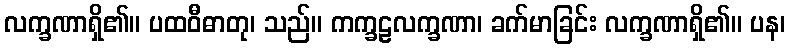
လက္ခဏာရှိ၏။ ပထဝီဓာတု၊ သည်။ ကက္ခဠလက္ခဏာ၊ ခက်မာခြင်း လက္ခဏာရှိ၏။ ပန၊